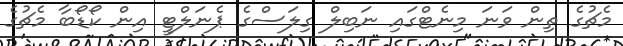
މެޗުގެ ތިން ވަނަ މިނެޓްގައި ނަބިލް ގިލަސްގެ ޕެނަލްޓީ އިން ކޯޑޯބާ މެޗުގެ